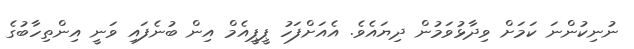
ނުނިކުންނަ ކަމަށް ވިދާޅުވަމުން ދިޔައެވެ. އެއަށްފަހު ޕީޕީއެމް އިން ބުނެފައި ވަނީ އިންތިހާބުގެ